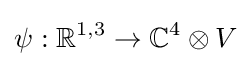
\psi :\mathbb {R} ^{1,3}\to \mathbb {C} ^{4}\otimes V